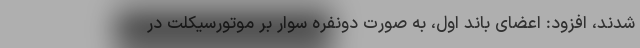
شدند، افزود: اعضای باند اول، به صورت دونفره سوار بر موتورسیکلت در